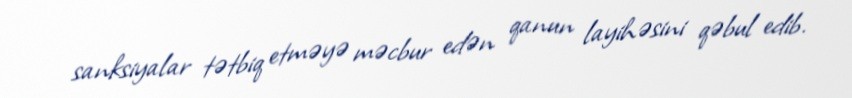
sanksiyalar tətbiq etməyə məcbur edən qanun layihəsini qəbul edib.